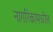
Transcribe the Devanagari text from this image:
नागरिकांमधील